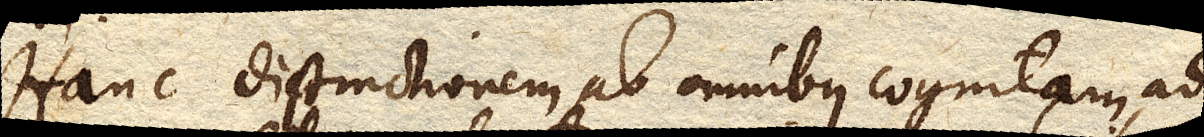
Hanc distinctionem ab omnibus cognitam, ad